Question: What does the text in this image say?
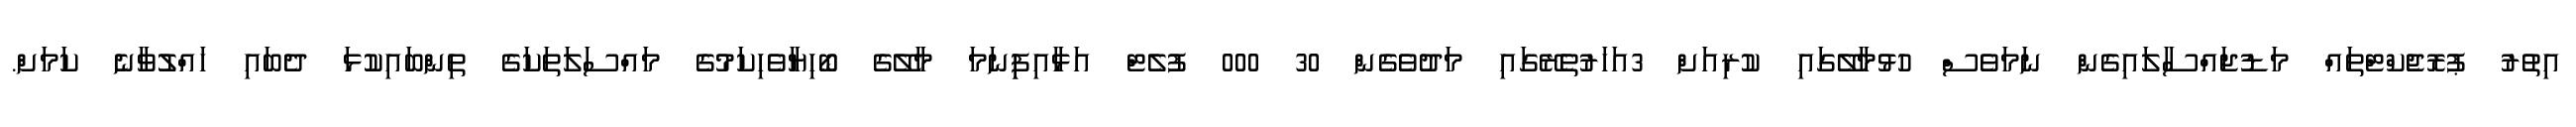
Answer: އިތުރު ޕުރޮޖެކްޓްތައް މަޑުޖައްސާލައިގެން ނަމަވެސް ހުޅުމާލޭގައި ކުރިއަށް 3އަހަރުތެރޭގައި މަދުވެގެން 30 000 ފުލެޓް އަޅާއިފިިނަމަ މާލޭގެ ބޯހިޔާވެހިކަމުގެ މައްސަލަތަކަގެ ތިންބައިކުޅަ ދެބައި ހައްލުވާނެ ކަމަށް.